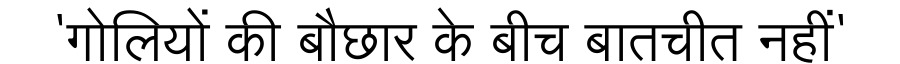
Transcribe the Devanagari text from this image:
'गोलियों की बौछार के बीच बातचीत नहीं'